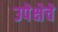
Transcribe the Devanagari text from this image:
उपेक्षेचे